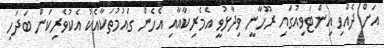
އަށް ދެއްވި އިންޓަވިއުގައި ރޫހާނީ ވިދާޅުވީ އެމެރިކާއާއި އެހެން ގައުމުތަކާއެކު އެކުވެރިކަން ބަދަހި